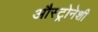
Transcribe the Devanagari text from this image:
औस्ट्रोनेशी